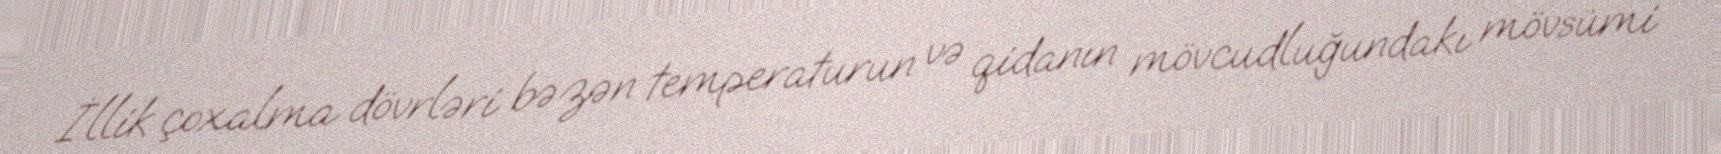
İllik çoxalma dövrləri bəzən temperaturun və qidanın mövcudluğundakı mövsümi